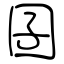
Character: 囝